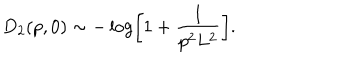
D _ { 2 } ( p , 0 ) \sim - \log \left[ 1 + \frac { 1 } { p ^ { 2 } L ^ { 2 } } \right] .